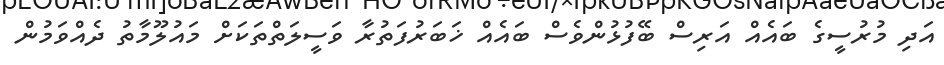
އަދި މުރުސީގެ ބައެއް އަރިސް ބޭފުޅުންވެސް ބައެއް ޚަބަރުފަތުރާ ވަސީލަތްތަކަށް މައުލޫމާތު ދެއްވަމުން